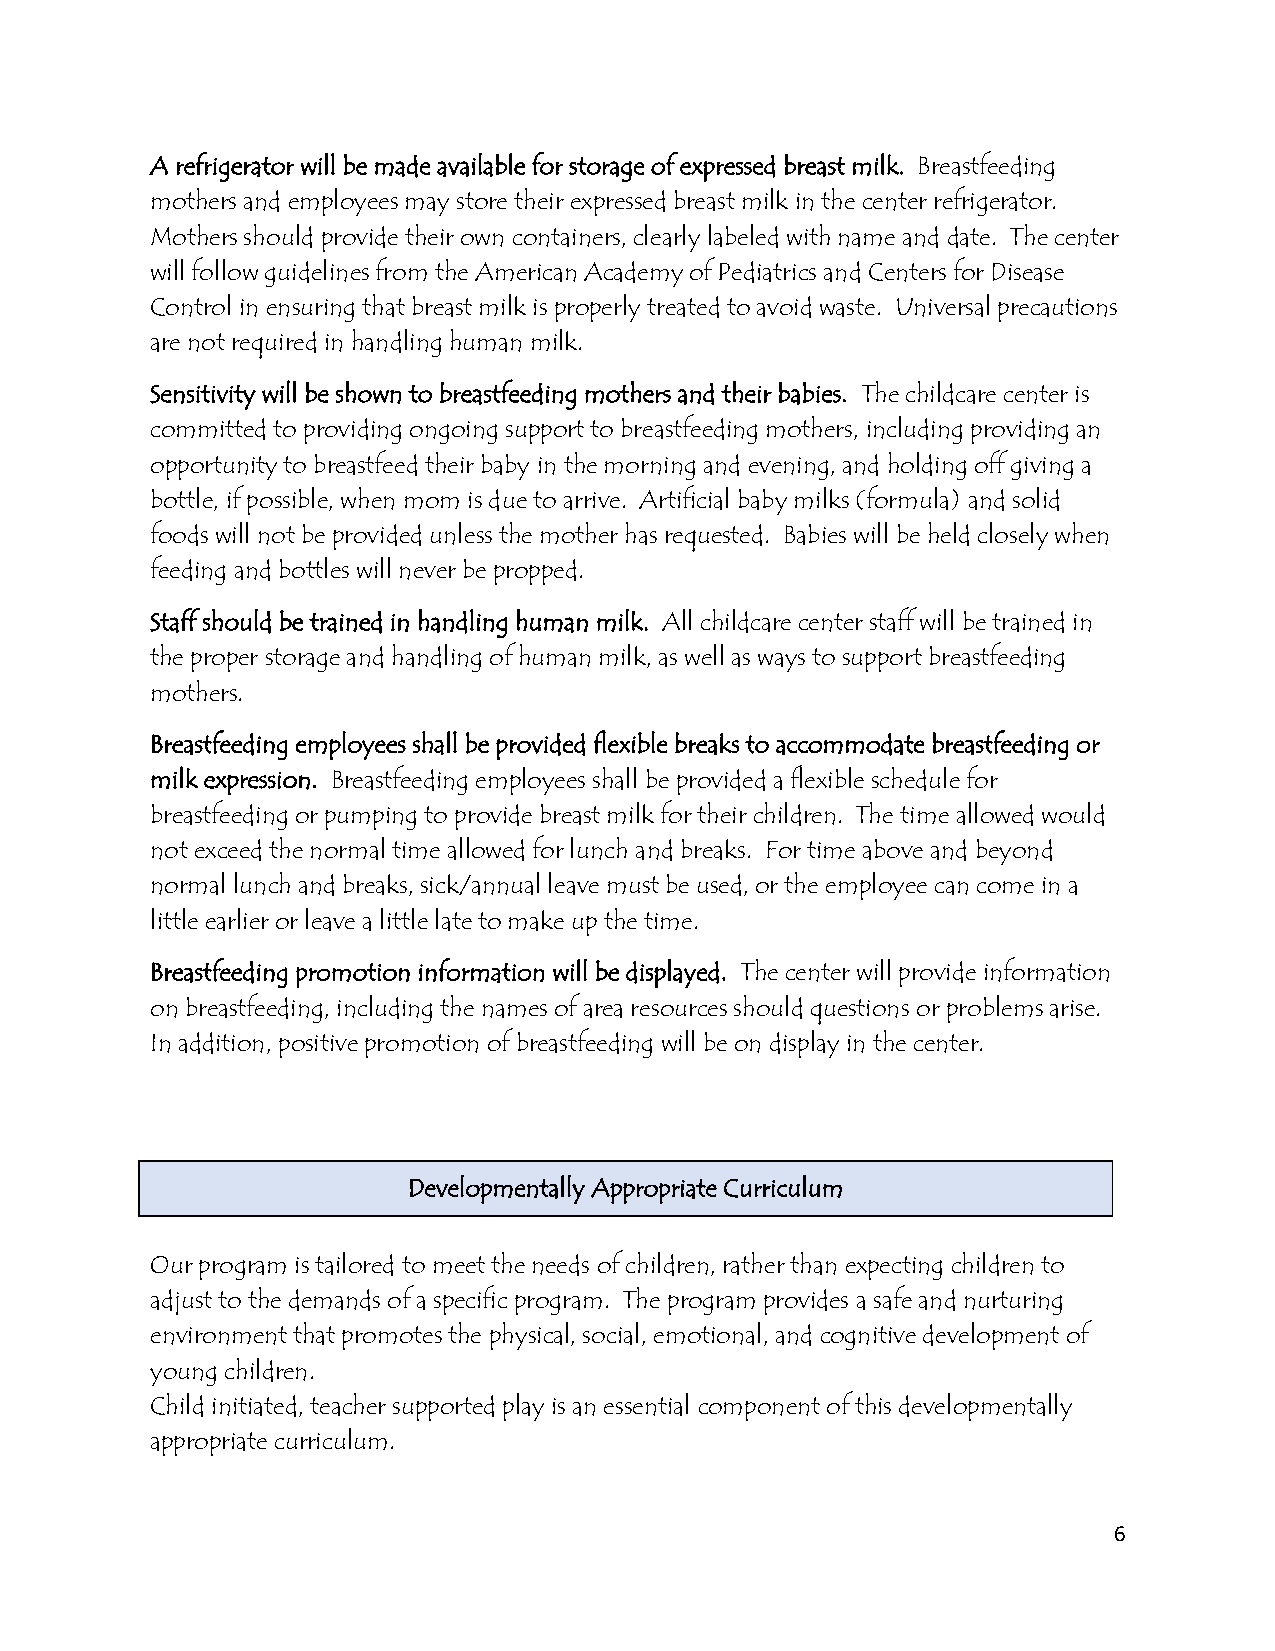
A refrigerator will be made available for storage of expressed breast milk. Breastfeeding
 mothers and employees may store their expressed breast milk in the center refrigerator.
 Mothers should provide their own containers, clearly labeled with name and date. The center
 will follow guidelines from the American Academy of Pediatrics and Centers for Disease
 Control in ensuring that breast milk is properly treated to avoid waste. Universal precautions
 are not required in handling human milk.
 Sensitivity will be shown to breastfeeding mothers and their babies. The childcare center is
 committed to providing ongoing support to breastfeeding mothers, including providing an
 opportunity to breastfeed their baby in the morning and evening, and holding off giving a
 bottle, if possible, when mom is due to arrive. Artificial baby milks (formula) and solid
 foods will not be provided unless the mother has requested. Babies will be held closely when
 feeding and bottles will never be propped.
 Staff should be trained in handling human milk. All childcare center staff will be trained in
 the proper storage and handling of human milk, as well as ways to support breastfeeding
 mothers.
 Breastfeeding employees shall be provided flexible breaks to accommodate breastfeeding or
 milk expression. Breastfeeding employees shall be provided a flexible schedule for
 breastfeeding or pumping to provide breast milk for their children. The time allowed would
 not exceed the normal time allowed for lunch and breaks. For time above and beyond
 normal lunch and breaks, sick/annual leave must be used, or the employee can come in a
 little earlier or leave a little late to make up the time.
 Breastfeeding promotion information will be displayed. The center will provide information
 on breastfeeding, including the names of area resources should questions or problems arise.
 In addition, positive promotion of breastfeeding will be on display in the center.
 Developmentally Appropriate Curriculum
 Our program is tailored to meet the needs of children, rather than expecting children to
 adjust to the demands of a specific program. The program provides a safe and nurturing
 environment that promotes the physical, social, emotional, and cognitive development of
 young children.
 Child initiated, teacher supported play is an essential component of this developmentally
 appropriate curriculum.
 6